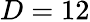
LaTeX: D=12